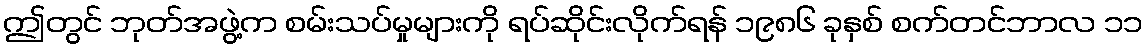
ဤတွင် ဘုတ်အဖွဲ့က စမ်းသပ်မှုများကို ရပ်ဆိုင်းလိုက်ရန် ၁၉၈၆ ခုနှစ် စက်တင်ဘာလ ၁၁